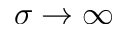
\sigma \rightarrow \infty